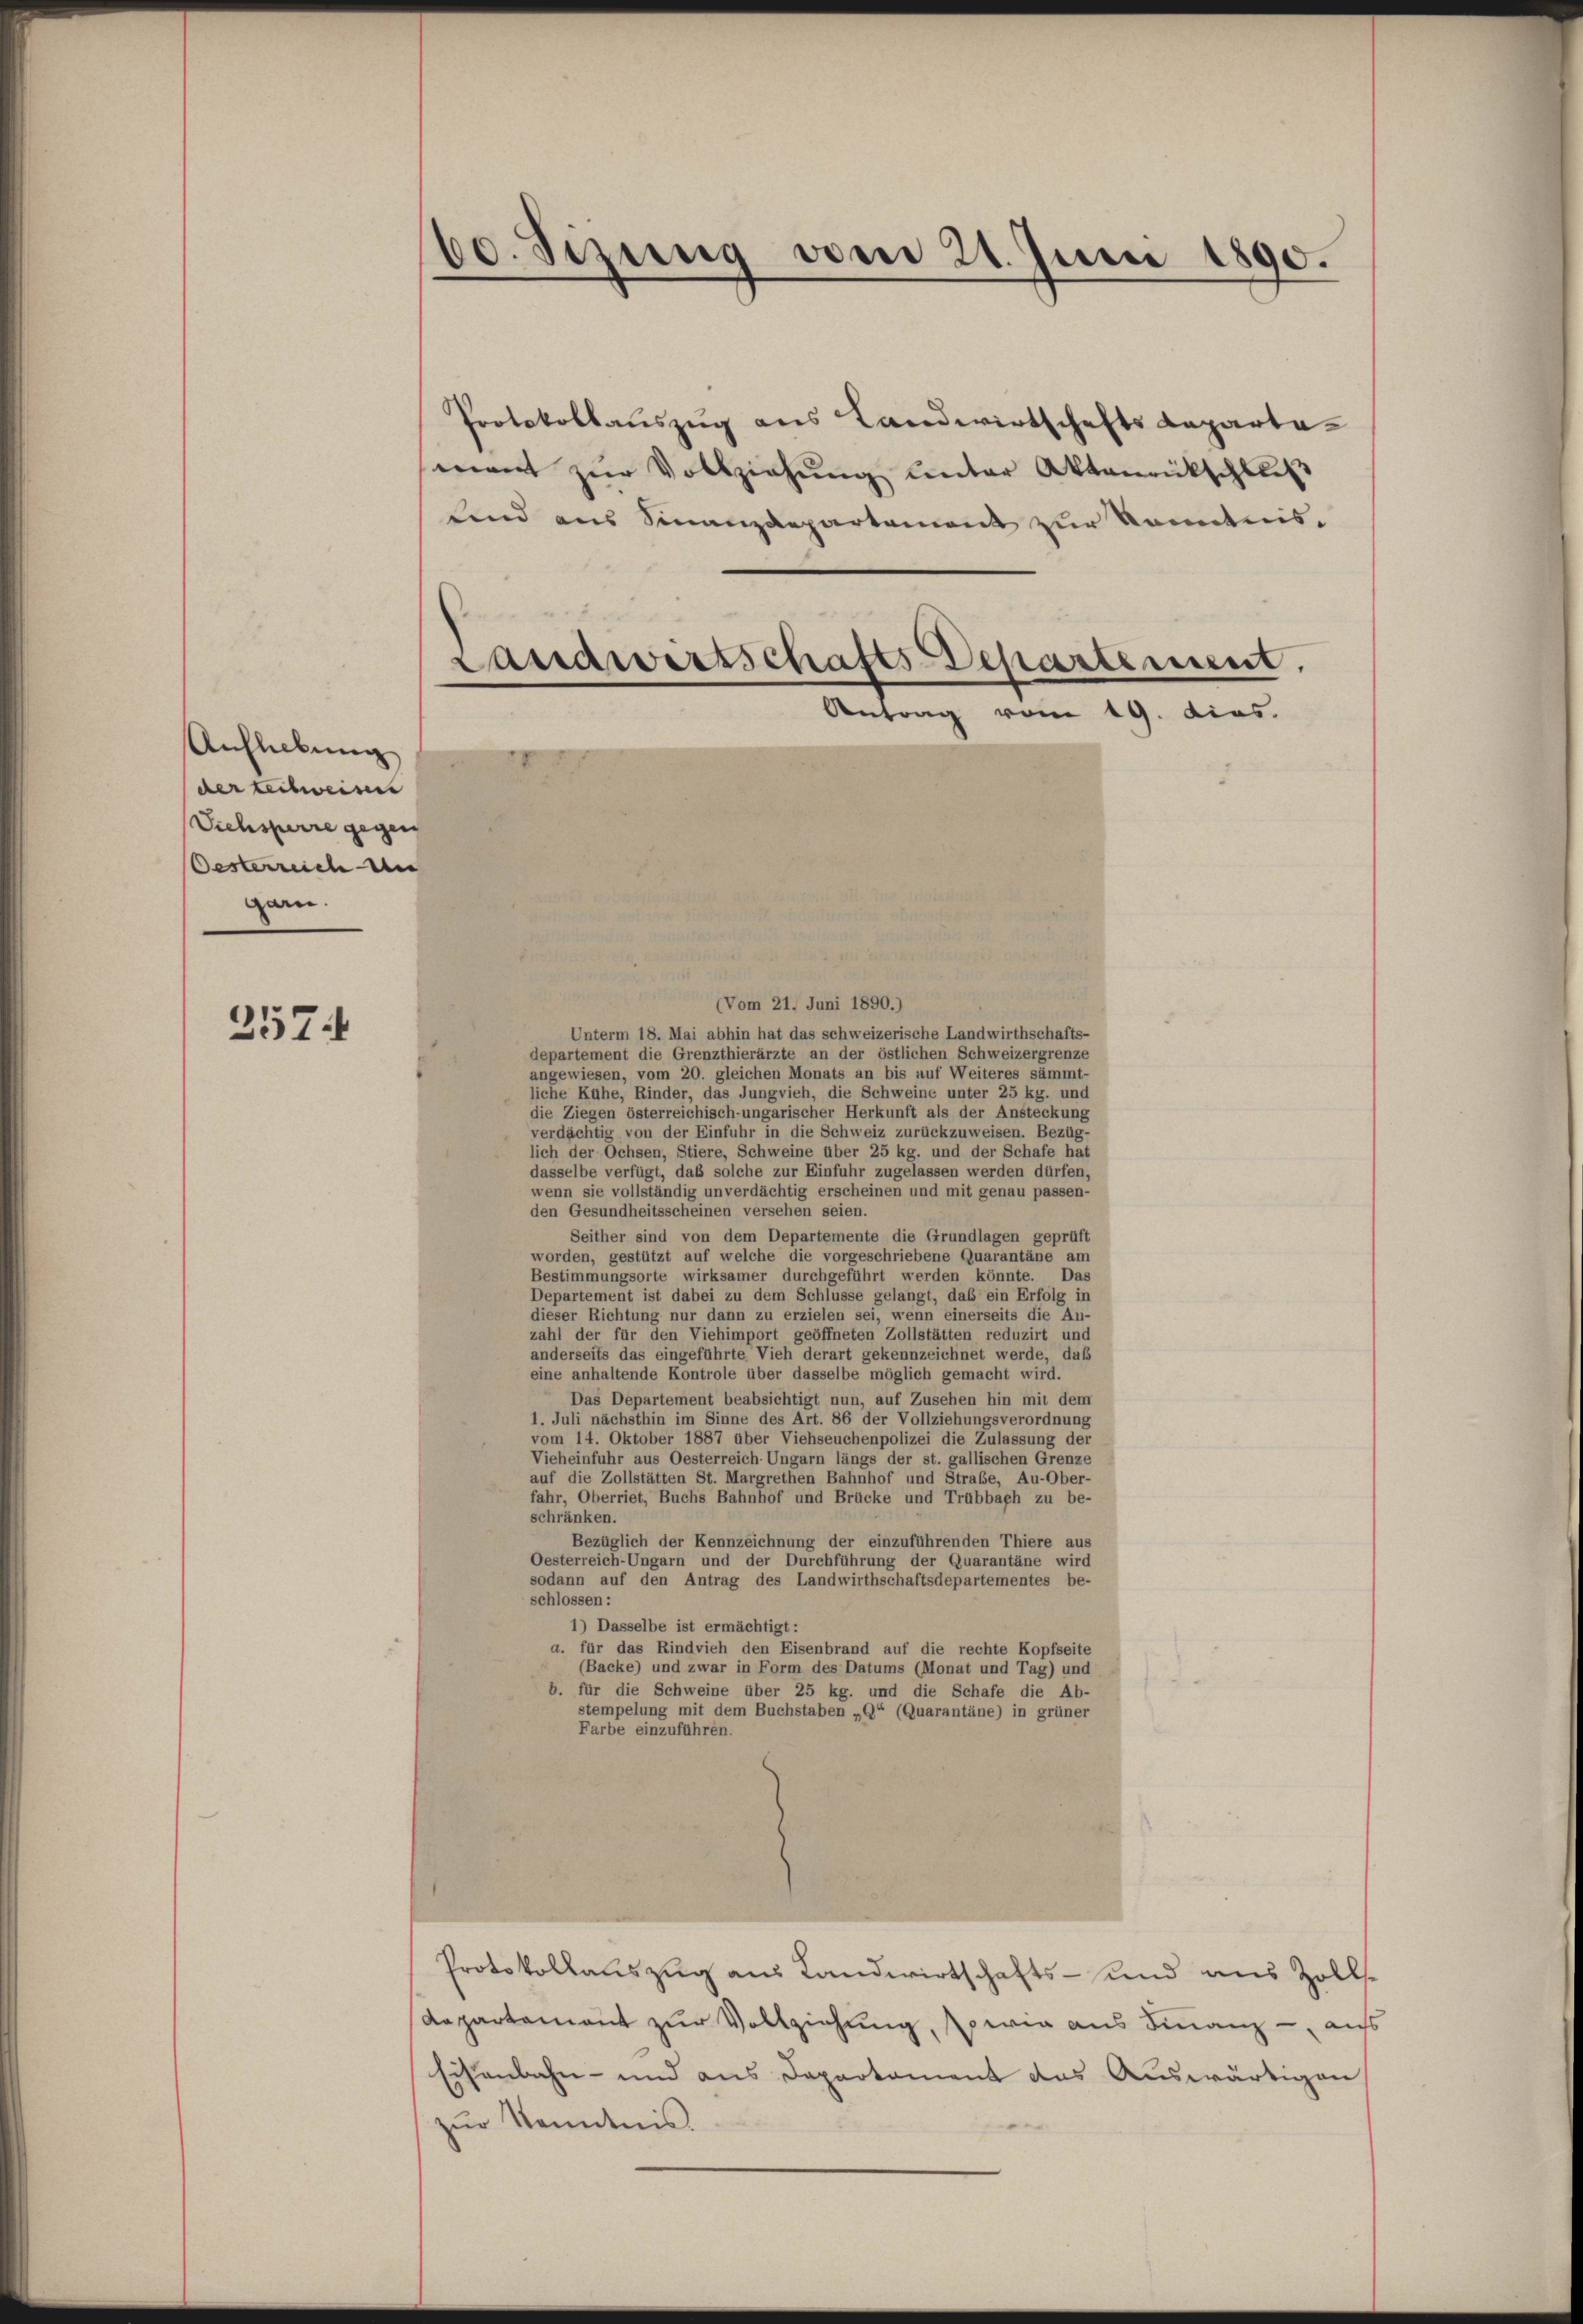
Ausliebung
der teilweisen
Siehsperre gegen
Oesterreich an
garn.

257.

60. Serung vom 11. Juni 1890.

Protokollauszug aus Landwirtschafts Repartemant zŭr Vollziehŭng unter Aktenrückschließ
sind aus Finanzdepartement zur Kenntnis.
Landwirtschafts-Departement.
Antrag vom 19. dies.

Unterm 18. Mai abhin hat das schweizerische Landwirthschafts-
departement die Grenzthierärzte an der östlichen Schweizergrenze
angewiesen, vom 20. gleichen Monats an bis auf Weiteres sämmt-
liche Kühe, Rinder, das Jungvieh, die Schweine unter 25 kg. und
die Ziegen österreichisch-ungarischer Herkunft als der Ansteckung
verdächtig von der Einfuhr in die Schweiz zurückzuweisen. Bezüg-
lich der Ochsen, Stiere, Schweine über 25 kg. und der Schafe hat
dasselbe verfügt, das solche zur Einfuhr zugelassen werden dürfen,
wenn sie vollständig unverdächtig erscheinen und mit genau passen-
den Gesundheitsscheinen versehen seien.
Seither sind von dem Departemente die Grundlagen geprüft
worden, gestützt auf welche die vorgeschriebene Quarantäne am
Bestimmungsorte wirksamer durchgeführt werden könnte. Das
Departement ist dabei zu dem Schlüsse gelangt, das ein Erfolg in
dieser Richtung nur dann zu erzielen sei, wenn einerseits die An-
zahl der für den Viehimport geöffneten Zollstätten reduzirt und
anderseits das eingeführte Vieh derart gekennzeichnet werde, daß
eine anhaltende Kontrole über dasselbe möglich gemacht wird.
Das Departement beabsichtigt nun, auf Zusehen hin mit dem
1. Juli nächsthin im Sinne des Art. 86 der Vollziehungsverordnung
vom 14. Oktober 1887 über Viehseuchenpolizei die Zulassung der
Vieheinfuhr aus Oesterreich Ungarn längs der st. gallischen Grenze
auf die Zollstätten St. Margrethen Bahnhof und Strabe, Au-Ober-
fahr, Oberriet, Buchs Bahnhof und Brücke und Trübbach zu be-
schränken.
Bezüglich der Kennzeichnung der einzuführenden Thiere aus
Oesterreich-Ungarn und der Durchführung der Quarantäne wird
sodann auf den Antrag des Landwirthschaftsdepartementes be-
schlossen:
1) Dasselbe ist ermächtigt:
a. für das Rindvieh den Eisenbrand auf die rechte Kopfseite
(Backe) und zwar in Form des Datums (Monat und Tag) und
b. für die Schweine über 25 kg. und die Schafe die Ab-
stempelung mit dem Buchstaben „D“ (Quarantäne) in grüner
Farbe einzuführen.
Protokollauszug aus Landwirtschafts- und aus Zoll¬
Dapartement zur Vollziehung, so wie aus Finanz- und
sisenbahn- und aus Departement das Auswärtigen
zŭr Kenntnis.

(Vom 21. Juni 1890.)